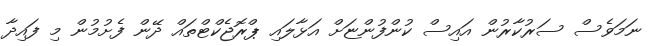
ނަމަވެސް ސަރުކާރުން އައިސް ކުންފުންޏަށް އަޅާލައި ޕްރޮޖެކްޓްތައް ދޭން ފެށުމުން މި ފައިދާ